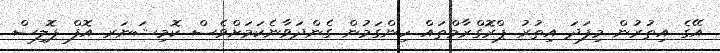
އޭގެ އިތުރުން މިފަދަ އިތުރު ޕްރޮގްރާމްތައް ހިންގަމުން ގެންދަވާނެކަމަށްވެސް ކޮމިޝަނަރ އޮފް ޕޮލިސް